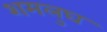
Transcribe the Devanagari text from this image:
शमलुघ